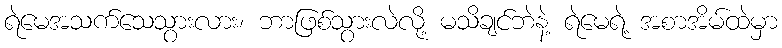
ရဲမေအသက်သေသွားလား၊ ဘာဖြစ်သွားလဲလို့ မသိချင်ဘဲနဲ့ ရဲမေရဲ့ အစာအိမ်ထဲမှာ